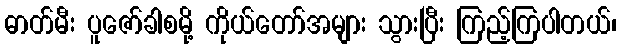
ဓာတ်မီး ပူဇော်ခါစမို့ ကိုယ်တော်အများ သွားပြီး ကြည့်ကြပါတယ်၊